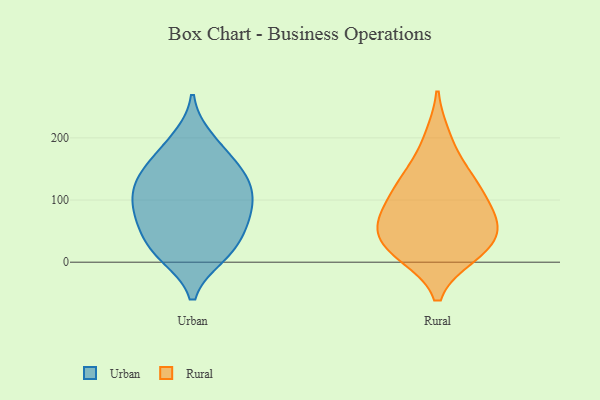
{"axis": {"x": "Bounce Rate (%)", "y": "Value"}, "legend": ["Rural", "Urban"], "data": [{"x": "", "y": 66, "type": "Urban"}, {"x": "", "y": 198, "type": "Urban"}, {"x": "", "y": 102, "type": "Urban"}, {"x": "", "y": 116, "type": "Urban"}, {"x": "", "y": 37, "type": "Urban"}, {"x": "", "y": 72, "type": "Urban"}, {"x": "", "y": 181, "type": "Urban"}, {"x": "", "y": 151, "type": "Urban"}, {"x": "", "y": 21, "type": "Urban"}, {"x": "", "y": 91, "type": "Urban"}, {"x": "", "y": 146, "type": "Urban"}, {"x": "", "y": 13, "type": "Urban"}, {"x": "", "y": 69, "type": "Urban"}, {"x": "", "y": 137, "type": "Urban"}, {"x": "", "y": 11, "type": "Urban"}, {"x": "", "y": 120, "type": "Urban"}, {"x": "", "y": 139, "type": "Rural"}, {"x": "", "y": 13, "type": "Rural"}, {"x": "", "y": 42, "type": "Rural"}, {"x": "", "y": 114, "type": "Rural"}, {"x": "", "y": 137, "type": "Rural"}, {"x": "", "y": 76, "type": "Rural"}, {"x": "", "y": 52, "type": "Rural"}, {"x": "", "y": 200, "type": "Rural"}, {"x": "", "y": 67, "type": "Rural"}, {"x": "", "y": 13, "type": "Rural"}, {"x": "", "y": 88, "type": "Rural"}, {"x": "", "y": 25, "type": "Rural"}]}